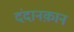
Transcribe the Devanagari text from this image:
दंदानक़ान